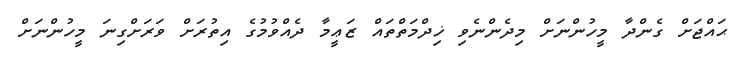
ޙައްޖަށް ގެންދާ މީހުންނަށް މިދެންނެވި ޚިދްމަތްތައް ޒަޢީމާ ދެއްވުމުގެ އިތުރަށް ވަރަށްގިނަ މީހުންނަށް